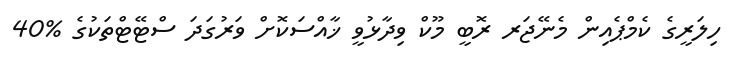
ހިލަރީގެ ކެމްޕެއިން މެނޭޖަރ ރޮބީ މޫކް ވިދާޅުވީ ޚާއްސަކޮށް ވަރުގަދަ ސްޓޭޓްތަކުގެ %40